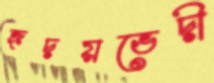
হৃদয়ভেদী